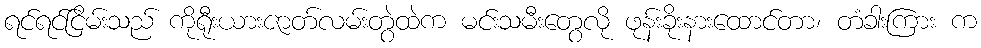
ရင်ရင်ငြိမ်းသည် ကိုရီုးယားဇာတ်လမ်းတွဲထဲက မင်းသမီးတွေလို ဖုန်းခိုးနားထောင်တာ၊ တံခါးကြား က